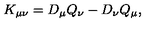
K _ { \mu \nu } = D _ { \mu } Q _ { \nu } - D _ { \nu } Q _ { \mu } ,